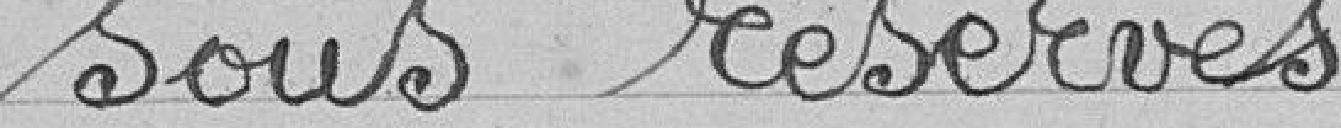
Sous réserves